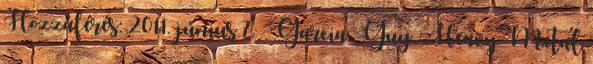
Hozzáférés: 2011. június 7. ↑ Garcia, Guy. „Heavy Metal